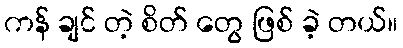
ကန် ချင် တဲ့ စိတ် တွေ ဖြစ် ခဲ့ တယ်။